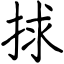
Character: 捄